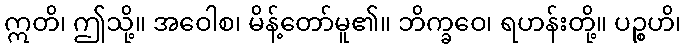
ဣတိ၊ ဤသို့။ အဝေါစ၊ မိန့်တော်မူ၏။ ဘိက္ခဝေ၊ ရဟန်းတို့။ ပဉ္စဟိ၊